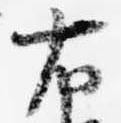
右